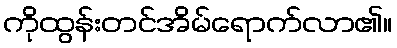
ကိုထွန်းတင်အိမ်ရောက်လာ၏။